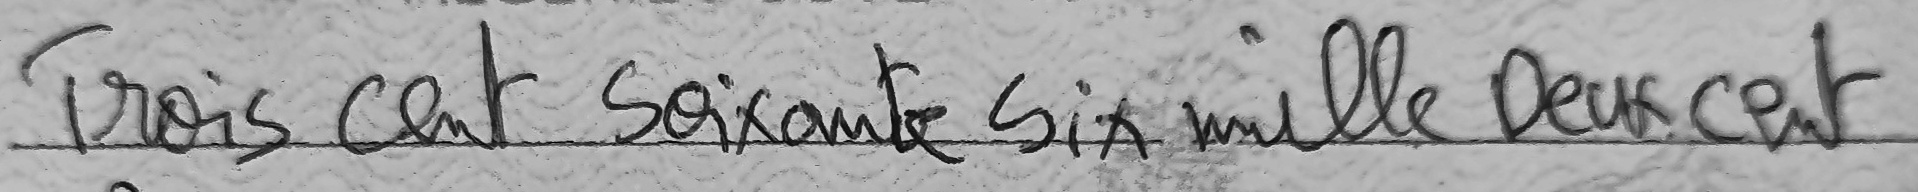
Trois cent Soixante Six mille Deux cent